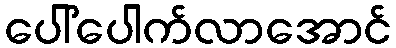
ပေါ်ပေါက်လာအောင်